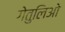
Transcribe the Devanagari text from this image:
गेतुलिओ